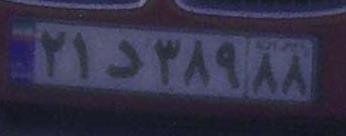
۲۱د۳۸۹۸۸